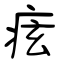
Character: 痃